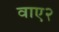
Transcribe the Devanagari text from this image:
वाए२